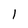
Character: l